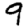
Digit: 9